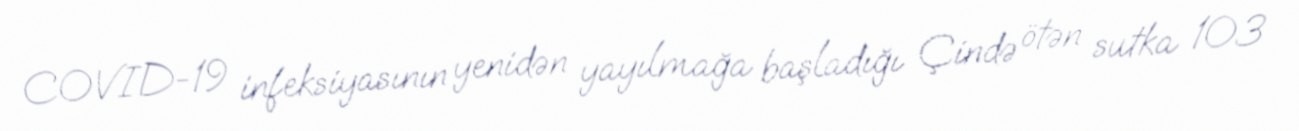
COVID-19 infeksiyasının yenidən yayılmağa başladığı Çində ötən sutka 103